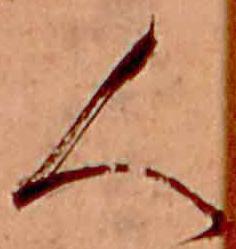
人